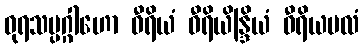
ဓုရသမ္ပဂ္ဂါဟော ဝီရိယံ ဝီရိယိန္ဒြိယံ ဝီရိယဗလံ